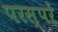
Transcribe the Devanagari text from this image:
परस्परें